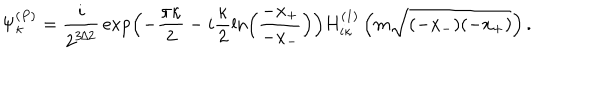
\Psi _ { \kappa } ^ { ( P ) } = \frac { i } { 2 ^ { 3 / 2 } } \, \exp \left( - \frac { \pi \kappa } 2 - i \frac { \kappa } 2 \ln \left( \frac { - x _ { + } } { - x _ { - } } \right) \right) H _ { i \kappa } ^ { ( 1 ) } \left( m \sqrt { ( - x _ { - } ) ( - x _ { + } ) } \right) .